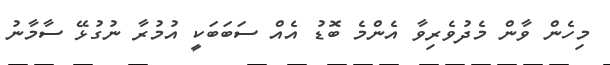
މިހެން ވާން މެދުވެރިވާ އެންމެ ބޮޑު އެއް ސަބަބަކީ އުމުރާ ނުގުޅޭ ސާމާނު